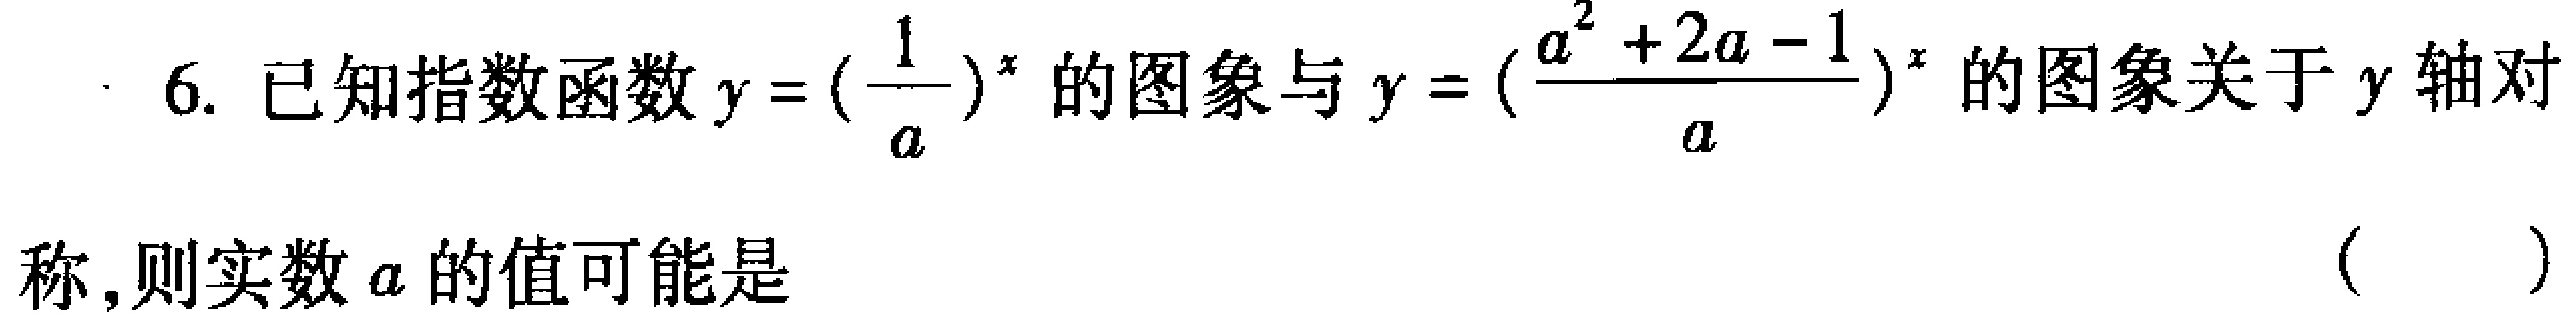
6. 已知指数函数$y = (\frac{1}{a})^x$的图象与$y = (\frac{a^{2}+2a - 1}{a})^x$的图象关于$y$轴对称，则实数$a$的值可能是 （  ）